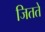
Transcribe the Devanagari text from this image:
जितते